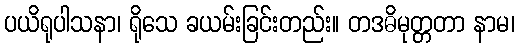
ပယိရုပါသနာ၊ ရိုသေ ခယမ်းခြင်းတည်း။ တဒဓိမုတ္တတာ နာမ၊